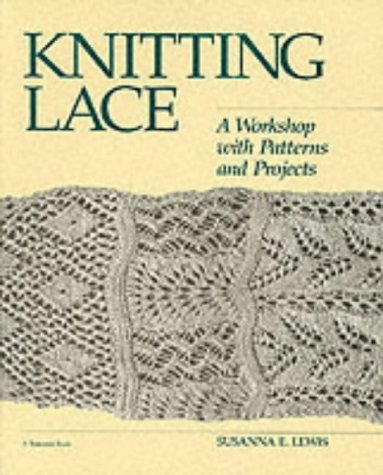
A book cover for Knitting Lace: A Workshop with Patterns and Projects; Susanna E. Lewis; Crafts, Hobbies & Home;